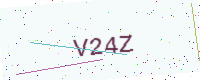
Text: V24Z